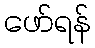
ဖော်ရန်